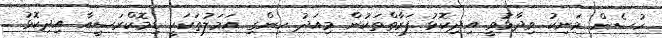
ހުސެން މަނިކު ވިދާޅުވީ އިދިކޮޅު ފަރާތްތަކުން މިއަދު ހިންގި އަމަލުތަކަކީ ޑިމޮކްރަސީއާ އިދިކޮޅު